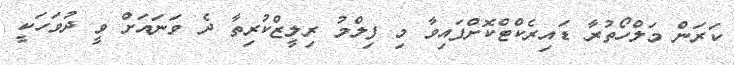
ކަރަން މަލްހޯތުރާ ޑައިރެކްޓްކޮށްފައިވާ މި ފިލްމު ރިލީޒްކުރިތާ ދެ ވަނައަށް ވީ ދުވަހަކީ